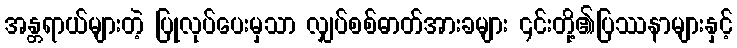
အန္တရာယ်များတဲ့ ပြုလုပ်ပေးမှသာ လျှပ်စစ်ဓာတ်အားခများ ၎င်းတို့၏ပြဿနာများနှင့်